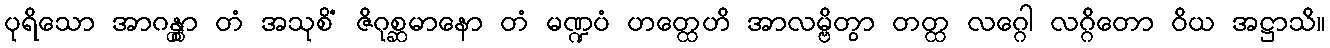
ပုရိသော အာဂန္တွာ တံ အသုစိံ ဇိဂုစ္ဆမာနော တံ မဏ္ဍပံ ဟတ္ထေဟိ အာလမ္ဗိတွာ တတ္ထ လဂ္ဂေါ လဂ္ဂိတော ဝိယ အဋ္ဌာသိ။